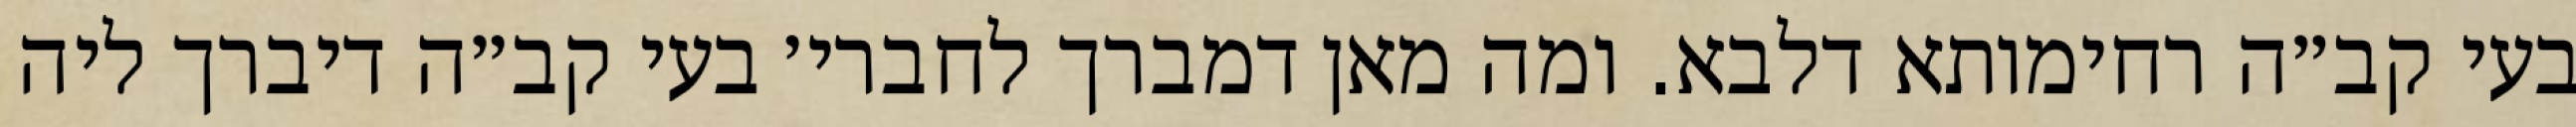
בעי קב״ה רחימותא דלבא. ומה מאן דמברך לחברי׳ בעי קב״ה דיברך ליה